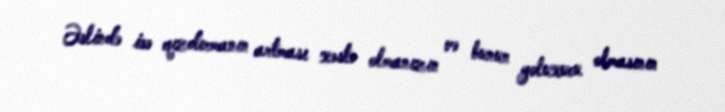
Əslində isə qızdırmanın artması xəstə olmanızın və bunun yoluxucu olmasının